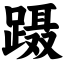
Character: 蹑